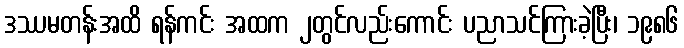
ဒဿမတန်းအထိ ရန်ကင်း အထက ၂တွင်လည်းကောင်း ပညာသင်ကြားခဲ့ပြီး၊ ၁၉၈၆